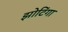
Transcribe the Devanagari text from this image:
झोटिंगा